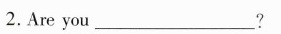
2.Are you___?